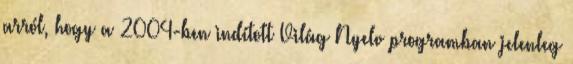
arról, hogy a 2004-ben indított Világ Nyelv programban jelenleg